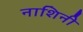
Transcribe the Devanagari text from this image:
नाशिनी